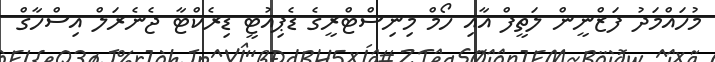
މުހައްމަދު ފަޒްނީން ލަތީފް އާއި ހޯމް މިނިސްޓްރީގެ ޑެޕިއުޓީ ޑިރެކްޓާ ޖެނެރަލް އިސްހާގް